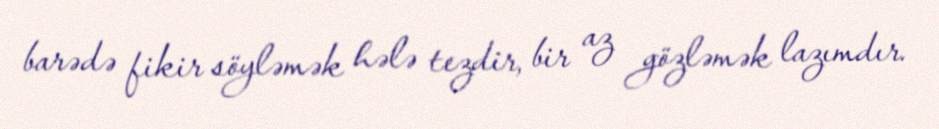
barədə fikir söyləmək hələ tezdir, bir az gözləmək lazımdır.